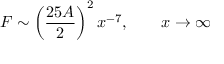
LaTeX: F \sim \left( \frac { 2 5 A } 2 \right) ^ { 2 } x ^ { - 7 } , \qquad x \rightarrow \infty